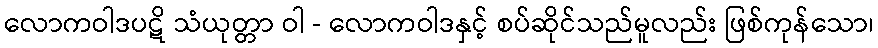
လောကဝါဒပဋိ သံယုတ္တာ ဝါ - လောကဝါဒနှင့် စပ်ဆိုင်သည်မူလည်း ဖြစ်ကုန်သော၊